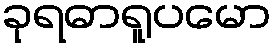
ခုရဓာရူပမော